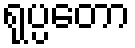
ရုပ္ပတော